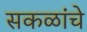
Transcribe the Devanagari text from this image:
सकळांचे